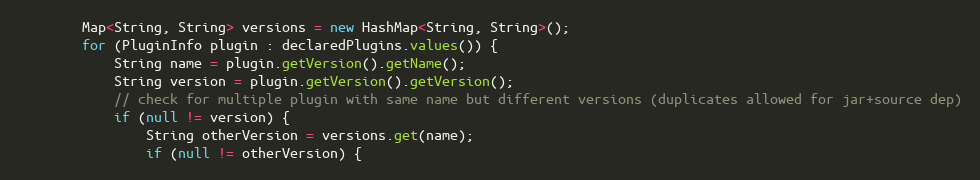
Language: Java
		Map<String, String> versions = new HashMap<String, String>();
		for (PluginInfo plugin : declaredPlugins.values()) {
			String name = plugin.getVersion().getName();
			String version = plugin.getVersion().getVersion();
			// check for multiple plugin with same name but different versions (duplicates allowed for jar+source dep)
			if (null != version) {
				String otherVersion = versions.get(name);
				if (null != otherVersion) {